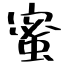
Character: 蜜